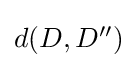
\textstyle d(D,D'')